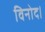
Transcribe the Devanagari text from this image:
विनोद।